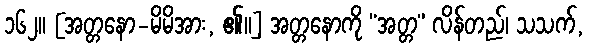
၁၆၂။ [အတ္တနော-မိမိအား, ၏။] အတ္တနောကို “အတ္တ” လိန်တည်၊ သသက်,